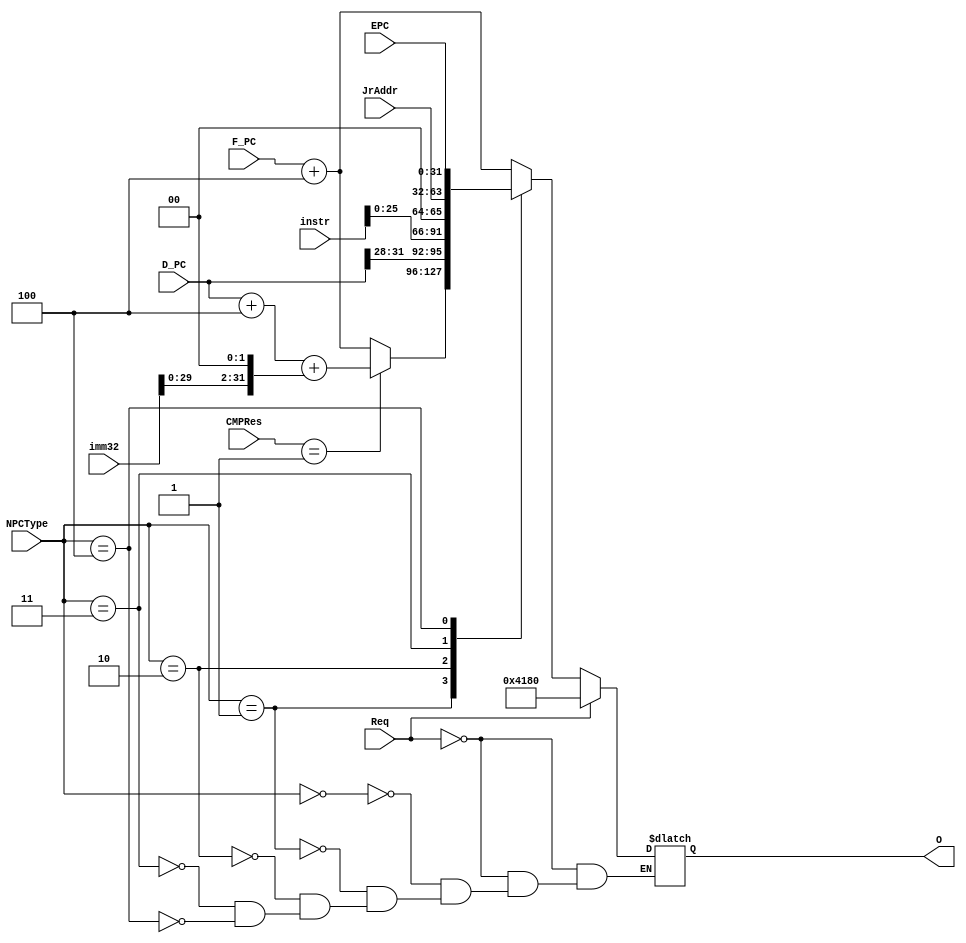
`timescale 1ns / 1ps
//////////////////////////////////////////////////////////////////////////////////
// Company: 
// Engineer: 
// 
// Design Name: 
// Module Name:    NPC 
// Project Name: 
// Target Devices: 
// Tool versions: 
// Description: 
//
// Dependencies: 
//
// Revision: 
// Revision 0.01 - File Created
// Additional Comments: 
//
//////////////////////////////////////////////////////////////////////////////////
`define NORMALTYPE 4'b0000
`define BRANCHTYPE 4'b0001
`define JTYPE      4'b0010
`define JRTYPE     4'b0011
`define ERET       4'b0100
module NPC(
    input [3:0] NPCType,
	 input [31:0] CMPRes,
	 input [31:0] imm32,
    input [31:0] instr,
	 input [31:0] JrAddr,
    input [31:0] F_PC,
	 input [31:0] D_PC,
	 input [31:0] EPC,
	 input Req,
    output reg [31:0] O
    );
	
	 always@(*) begin
		if (Req) begin
			O = 32'h00004180;
		end
		else begin
			case (NPCType) 
			`NORMALTYPE: begin
				O = F_PC + 4;
			end
			`BRANCHTYPE: begin
				if (CMPRes == 32'h00000001) begin
					O = D_PC + 4 + (imm32 << 2);
				end
				else begin
					O = F_PC + 4;
				end
			end
			`JTYPE: begin
				O = {D_PC[31:28], instr[25:0], 2'b00};
			end
			`JRTYPE: begin
				O = JrAddr;
			end
			`ERET: begin
				O = EPC;
			end
			default: begin
			end
			endcase
		end
	 end

endmodule